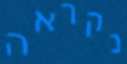
נקראה